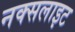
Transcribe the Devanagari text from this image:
नक्सलाइट